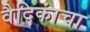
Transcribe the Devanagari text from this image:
वैदिकांचा